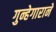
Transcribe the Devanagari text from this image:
गुन्हेगाराने